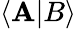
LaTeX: \langle\mathbf{A}|B\rangle